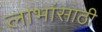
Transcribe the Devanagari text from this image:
लाभांसाठी